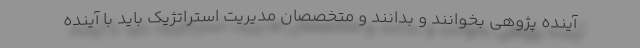
آینده پژوهی بخوانند و بدانند و متخصصان مدیریت استراتژیک باید با آینده